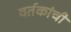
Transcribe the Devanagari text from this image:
वर्तकांची